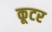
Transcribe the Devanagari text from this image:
कूटर